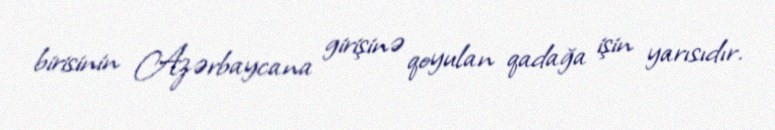
birisinin Azərbaycana girişinə qoyulan qadağa işin yarısıdır.